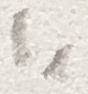
Text: I1